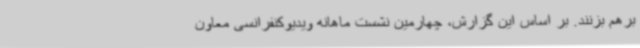
برهم بزنند. بر اساس این گزارش، چهارمین نشست ماهانه ویدیوکنفرانسی معاون